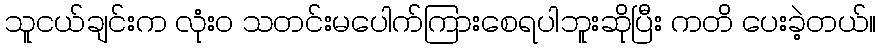
သူငယ်ချင်းက လုံးဝ သတင်းမပေါက်ကြားစေရပါဘူးဆိုပြီး ကတိ ပေးခဲ့တယ်။